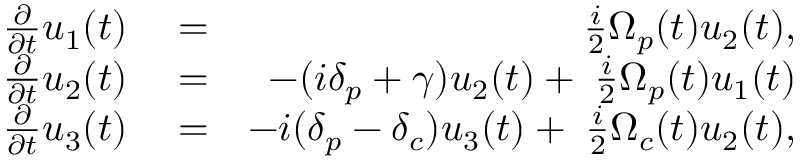
\begin{array} { r l r } { \frac { \partial } { \partial t } { u } _ { 1 } ( t ) } & { { } = } & { \; \frac { i } { 2 } { \Omega } _ { p } ( t ) u _ { 2 } ( t ) , } \\ { \frac { \partial } { \partial t } { u } _ { 2 } ( t ) } & { { } = } & { - ( i \delta _ { p } + \gamma ) u _ { 2 } ( t ) + \; \frac { i } { 2 } { \Omega } _ { p } ( t ) u _ { 1 } ( t ) } \\ { \frac { \partial } { \partial t } { u } _ { 3 } ( t ) } & { { } = } & { - i ( \delta _ { p } - \delta _ { c } ) u _ { 3 } ( t ) + \; \frac { i } { 2 } { \Omega } _ { c } ( t ) u _ { 2 } ( t ) , } \end{array}